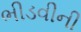
ભીડવીની